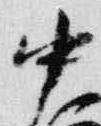
中